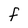
Character: F